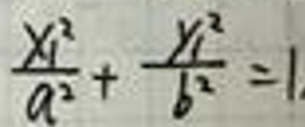
\(\frac{x_1^2}{a^2}+\frac{y_1^2}{b^2}=1\)